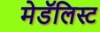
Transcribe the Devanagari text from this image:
मेडॅलिस्ट